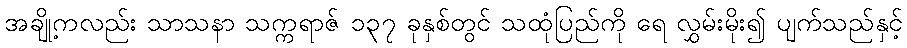
အချို့ကလည်း သာသနာ သက္ကရာဇ် ၁၃၇ ခုနှစ်တွင် သထုံပြည်ကို ရေ လွှမ်းမိုး၍ ပျက်သည်နှင့်